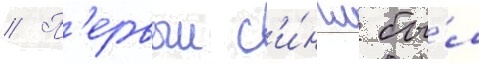
// П'ервыи с'и́нгл бы́л